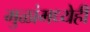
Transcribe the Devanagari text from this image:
मुळांमध्येही